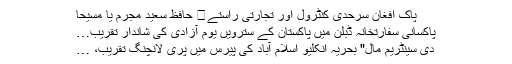
پاک افغان سرحدی کنٹرول اور تجارتی راستے	 حافظ سعید مجرم یا مسیحا
پاکسانی سفارتخانہ ڈبلن میں پاکستان کے سترویں یوم آزادی کی شاندار تقریب…
دی سینٹریم مال" بحریہ انکلیو اسلام آباد کی پیرس میں پری لانچنگ تقریب، …